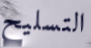
التسليح